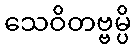
သေဝိတဗ္ဗမ္ပိ